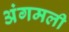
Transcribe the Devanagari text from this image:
अंगमली